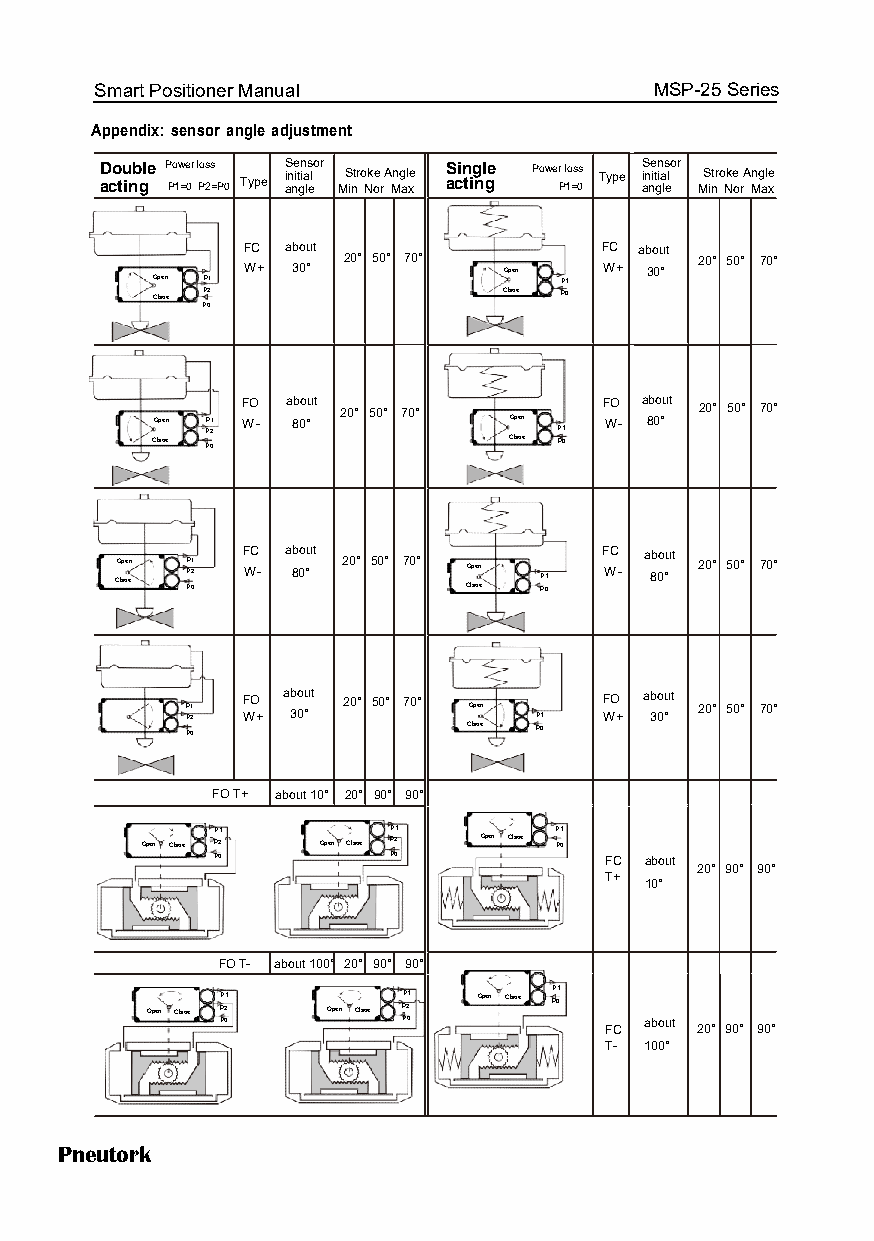
Smart Positioner Manual              MSP-25 Series
 Appendix: sensor angle adjustment
 D aco tu inb gle P Po 1w =e 0r l Pos 2s = P0 Type S i an ne it gn ia ls elo r MS intr o Nk oe r A Mng al xe S acin tig nl ge Power P l 1o =s 0s Type S i an ne it gn ia ls elo r MS intr o Nke o rA Mng ale x
 F WC
 +
 ab 3o 0u
 °
 t
 20° 50° 70°
 Open
 F WC
 +
 ab 3o 0u
 °
 t
 20° 50° 70°
 Open P1                    P1
 Clsoe P2               Clsoe P0
 P0
 FO about 20° 50° 70°    FO about 20° 50° 70°
 Open P1 W- 80°          Open  W- 80°
 Clsoe P P2 0            Clsoe P P1 0
 CO lsp oe en P PP 2 01 F WC - a 8b 0o °u t 20° 50° 70° CO lp se on
 e
 P P1
 0
 F WC - a 8b 0o °u t 20° 50° 70°
 PP 21 F WO
 +
 ab 3o 0°u t 20° 50° 70° Open
 P1
 F WO
 +
 ab 3o 0°u t 20° 50° 70°
 P0                 Clsoe P0
 FO T+ about 10° 20° 90° 90°
 Open Clsoe
 PP 21
 Open Clsoe
 PP 21 Open Clsoe P P1
 0
 P0          P0            FC about
 20° 90° 90°
 T+
 10°
 FO T- about 100° 20° 90° 90°
 Open Clsoe
 PPP
 2
 01
 Open Clsoe
 PPP
 2
 01   Open Clsoe P P01
 FC
 about
 20° 90° 90°
 T- 100°
 Pneutork